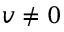
v \neq 0